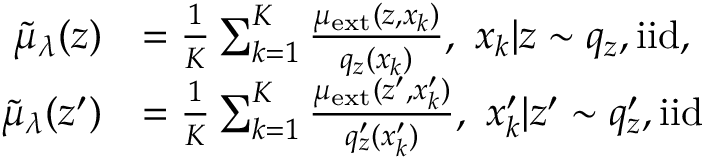
\begin{array} { r l } { \tilde { \mu } _ { \lambda } ( z ) } & { = \frac { 1 } { K } \sum _ { k = 1 } ^ { K } \frac { \mu _ { \mathrm { e x t } } ( z , x _ { k } ) } { q _ { z } ( x _ { k } ) } , \ x _ { k } | z \sim q _ { z } , \mathrm { i i d } , } \\ { \tilde { \mu } _ { \lambda } ( z ^ { \prime } ) } & { = \frac { 1 } { K } \sum _ { k = 1 } ^ { K } \frac { \mu _ { \mathrm { e x t } } ( z ^ { \prime } , x _ { k } ^ { \prime } ) } { q _ { z } ^ { \prime } ( x _ { k } ^ { \prime } ) } , \ x _ { k } ^ { \prime } | z ^ { \prime } \sim q _ { z } ^ { \prime } , \mathrm { i i d } } \end{array}